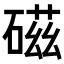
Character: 𥔵